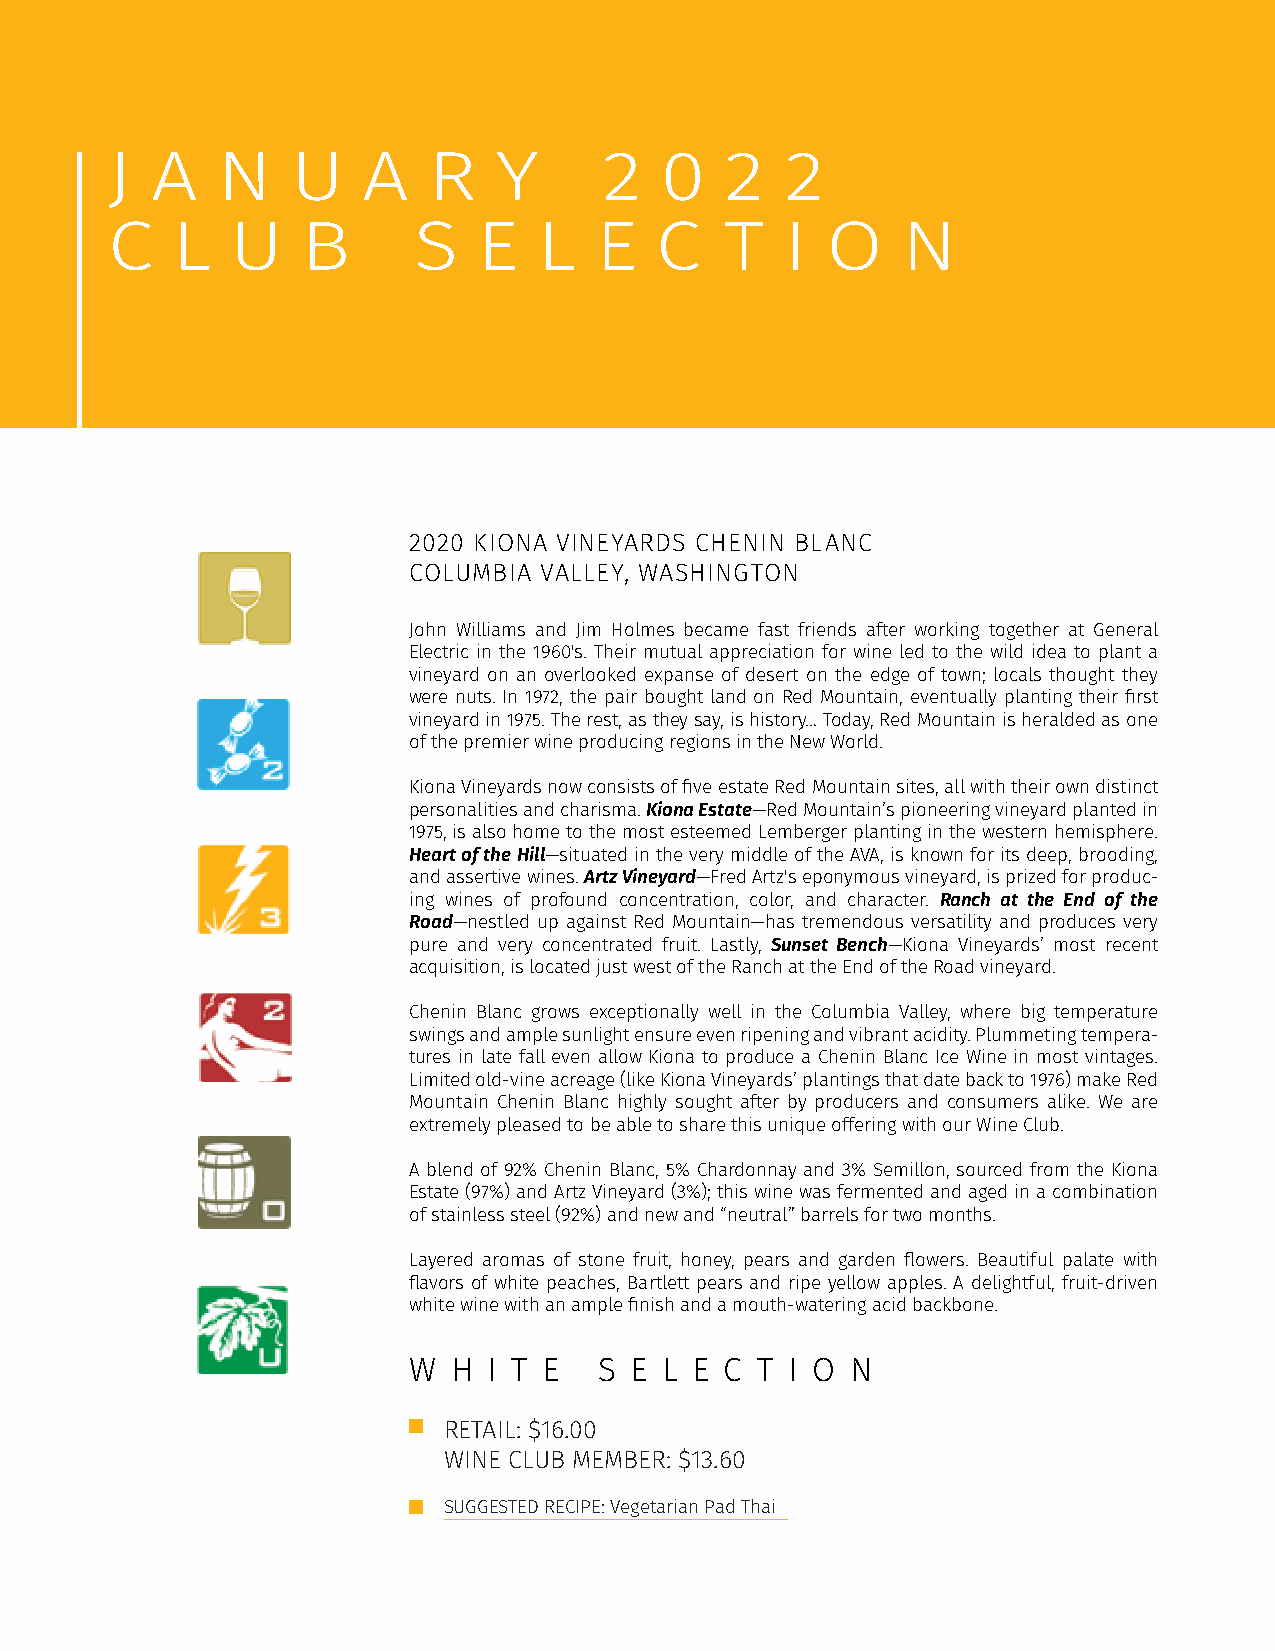
J  A   N    U    A   R    Y      2   0   2   2
 C   L   U    B      S    E   L  E   C    T   I  O    N
 2020 KIONA VINEYARDS CHENIN BLANC
 COLUMBIA VALLEY, WASHINGTON
 John Williams and Jim Holmes became fast friends after working together at General
 Electric in the 1960's. Their mutual appreciation for wine led to the wild idea to plant a
 vineyard on an overlooked expanse of desert on the edge of town; locals thought they
 were nuts. In 1972, the pair bought land on Red Mountain, eventually planting their first
 vineyard in 1975. The rest, as they say, is history… Today, Red Mountain is heralded as one
 of the premier wine producing regions in the New World.
 Kiona Vineyards now consists of five estate Red Mountain sites, all with their own distinct
 personalities and charisma. Kiona Estate—Red Mountain’s pioneering vineyard planted in
 1975, is also home to the most esteemed Lemberger planting in the western hemisphere.
 Heart of the Hill—situated in the very middle of the AVA, is known for its deep, brooding,
 and assertive wines. Artz Vineyard—Fred Artz's eponymous vineyard, is prized for produc-
 ing wines of profound concentration, color, and character. Ranch at the End of the
 Road—nestled up against Red Mountain—has tremendous versatility and produces very
 pure and very concentrated fruit. Lastly, Sunset Bench—Kiona Vineyards’ most recent
 acquisition, is located just west of the Ranch at the End of the Road vineyard.
 Chenin Blanc grows exceptionally well in the Columbia Valley, where big temperature
 swings and ample sunlight ensure even ripening and vibrant acidity. Plummeting tempera-
 tures in late fall even allow Kiona to produce a Chenin Blanc Ice Wine in most vintages.
 Limited old-vine acreage (like Kiona Vineyards’ plantings that date back to 1976) make Red
 Mountain Chenin Blanc highly sought after by producers and consumers alike. We are
 extremely pleased to be able to share this unique offering with our Wine Club.
 A blend of 92% Chenin Blanc, 5% Chardonnay and 3% Semillon, sourced from the Kiona
 Estate (97%) and Artz Vineyard (3%); this wine was fermented and aged in a combination
 of stainless steel (92%) and new and “neutral” barrels for two months.
 Layered aromas of stone fruit, honey, pears and garden flowers. Beautiful palate with
 flavors of white peaches, Bartlett pears and ripe yellow apples. A delightful, fruit-driven
 white wine with an ample finish and a mouth-watering acid backbone.
 W  H I T E   S E L E C T I O N
 RETAIL: $16.00
 WINE CLUB MEMBER: $13.60
 SUGGESTED RECIPE: Vegetarian Pad Thai